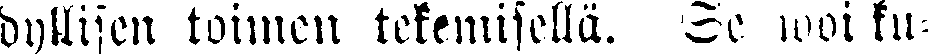
dyllisen toimen tekemisellä. Se woi ku-